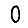
Digit: 0